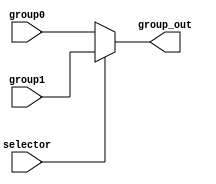
`timescale 1ns / 1ps
//////////////////////////////////////////////////////////////////////////////////
// Company: 
// Engineer: 
// 
// Design Name: 
// Module Name: Mux
// Project Name: 
// Target Devices: 
// Tool Versions: 
// Description: 
// 
// Dependencies: 
// 
// Revision:
// Revision 0.01 - File Created
// Additional Comments:
// 
//////////////////////////////////////////////////////////////////////////////////
module mux
(
input selector,
input [15:0] group0,
input [15:0] group1,
output [15:0] group_out
);
    
reg [15:0] group_temp;    
    
assign group_out[15:0] = group_temp[15:0];  
  
always @(*) begin

    if(selector == 0) begin
        group_temp[15:0] <= group0[15:0];
    end
    else begin
        group_temp[15:0] <= group1[15:0];
    end

end    
    
endmodule